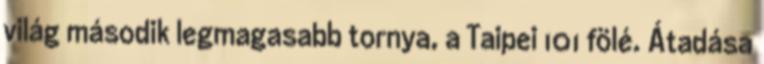
világ második legmagasabb tornya, a Taipei 101 fölé. Átadása